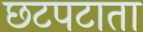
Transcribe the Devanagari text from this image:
छटपटाता